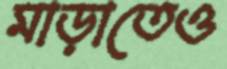
মাড়াতেও